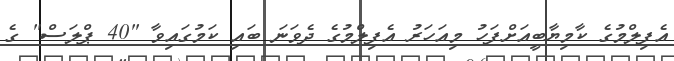
އެފިލްމުގެ ކާމިޔާބީއަށްފަހު މިއަހަރު އެފިލްމުގެ ދެވަނަ ބައި ކަމުގައިވާ "40 ޕްލަސް" ގެ